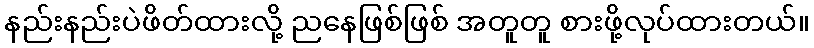
နည်းနည်းပဲဖိတ်ထားလို့ ညနေဖြစ်ဖြစ် အတူတူ စားဖို့လုပ်ထားတယ်။